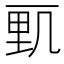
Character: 𰀓